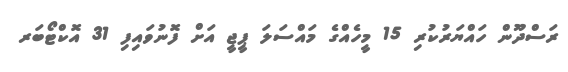
ރަސްދޫން ހައްޔަރުކުރި 15 މީހެއްގެ މައްސަލަ ޕީޖީ އަށް ފޮނުވައިފި 31 އޮކްޓޯބަރ